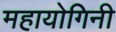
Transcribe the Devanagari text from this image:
महायोगिनी